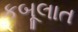
કબૂલાત